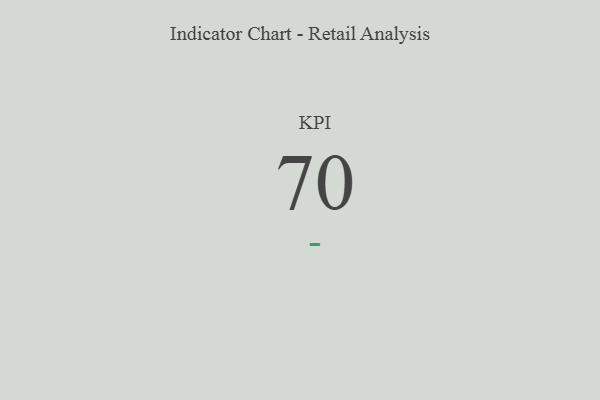
{"axis": {"x": "KPI", "y": "Value"}, "legend": [""], "data": [{"x": "KPI", "y": 70, "type": ""}]}